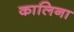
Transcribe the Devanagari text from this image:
कालिना